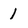
Character: 1